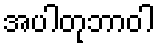
အပါတုဘာဝါ